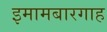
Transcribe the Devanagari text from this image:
इमामबारगाह